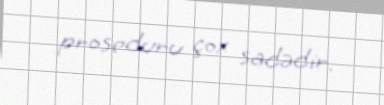
proseduru çox sadədir.